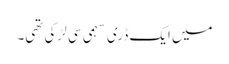
میں ایک ڈری سہمی سی لڑکی تھی۔